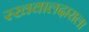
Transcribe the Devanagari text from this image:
रखवालदाराला